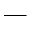
-